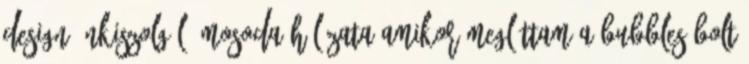
design önkiszolgáló mosoda hálózata Amikor megláttam a Bubbles bolt